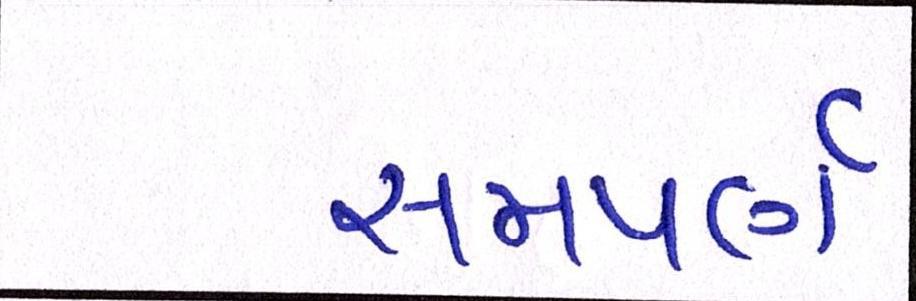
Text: સમપર્ણ